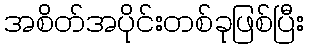
အစိတ်အပိုင်းတစ်ခုဖြစ်ပြီး